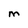
Character: M